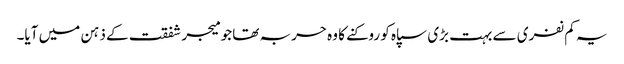
یہ کم نفری سے بہت بڑی سپاہ کو روکنے کا وہ حربہ تھا جو میجر شفقت کے ذہن میں آیا۔